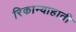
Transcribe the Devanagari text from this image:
रिकाम्याहाती